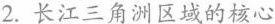
2.长江三角洲区域的核心